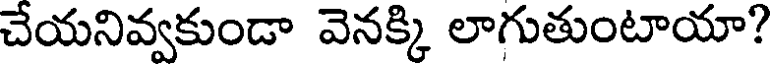
చేయనివ్వకుండా వెనక్కి లాగుతుంటాయా?